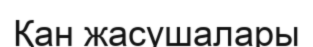
Қан жасушалары